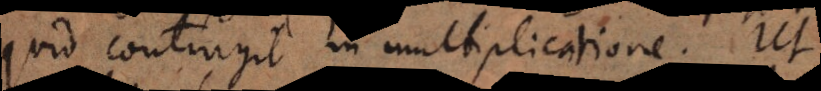
quid contingit in multiplicatione, ut